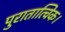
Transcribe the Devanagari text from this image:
पुरातात्विक।